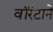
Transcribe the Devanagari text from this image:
वॉरंटाने